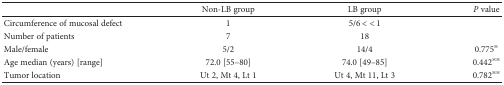
<table><thead><tr><td></td><td><b>Non-LB group</b></td><td><b>LB group</b></td><td><b><i>P</i> value</b></td></tr></thead><tbody><tr><td>Circumference of mucosal defect</td><td>1</td><td>5/6 &lt; &lt; 1</td><td></td></tr><tr><td>Number of patients</td><td>7</td><td>18</td><td></td></tr><tr><td>Male/female</td><td>5/2</td><td>14/4</td><td>0.775<sup>※</sup></td></tr><tr><td>Age median (years) [range]</td><td>72.0 [55–80]</td><td>74.0 [49–85]</td><td>0.442<sup>※※</sup></td></tr><tr><td>Tumor location</td><td>Ut 2, Mt 4, Lt 1</td><td>Ut 4, Mt 11, Lt 3</td><td>0.782<sup>※※</sup></td></tr></tbody></table>